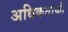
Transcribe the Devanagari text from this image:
अधिकताकी